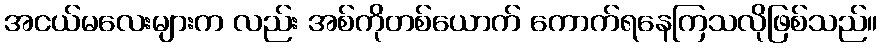
အငယ်မလေးများက လည်း အစ်ကိုတစ်ယောက် ကောက်ရနေကြသလိုဖြစ်သည်။